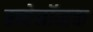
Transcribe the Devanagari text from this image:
स्त्र्येनॉव्हचा